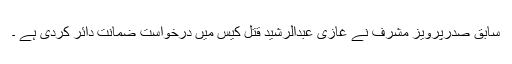
سابق صدرپرویز مشرف نے غازی عبدالرشید قتل کیس میں درخواست ضمانت دائر کردی ہے ۔